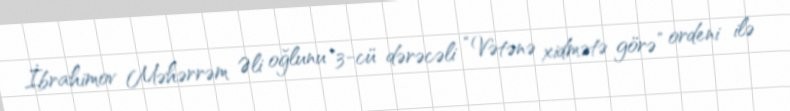
İbrahimov Məhərrəm Əli oğlunu "3-cü dərəcəli “Vətənə xidmətə görə” ordeni ilə